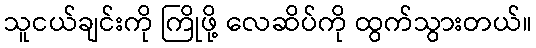
သူငယ်ချင်းကို ကြိုဖို့ လေဆိပ်ကို ထွက်သွားတယ်။